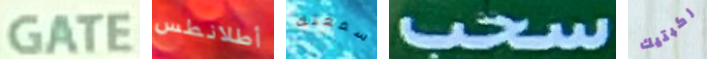
GATE أطلانطس سمعتك سحب ركبتيك